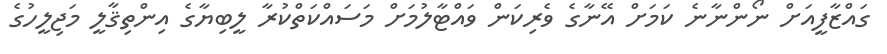
ގައްޒާފީއަށް ނޯންނާނެ ކަމަށް އޭނާގެ ވެރިކަން ވައްޓާލުމަށް މަސައްކަތްކުރާ ލީބިޔާގެ އިންތިޤާލީ މަޖިލީހުގެ